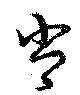
肖